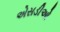
એસડીઓ